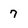
Character: 7